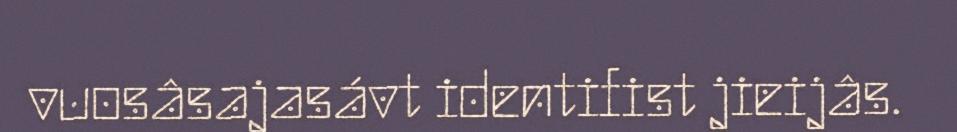
vuosâsajasávt identifist jieijâs.